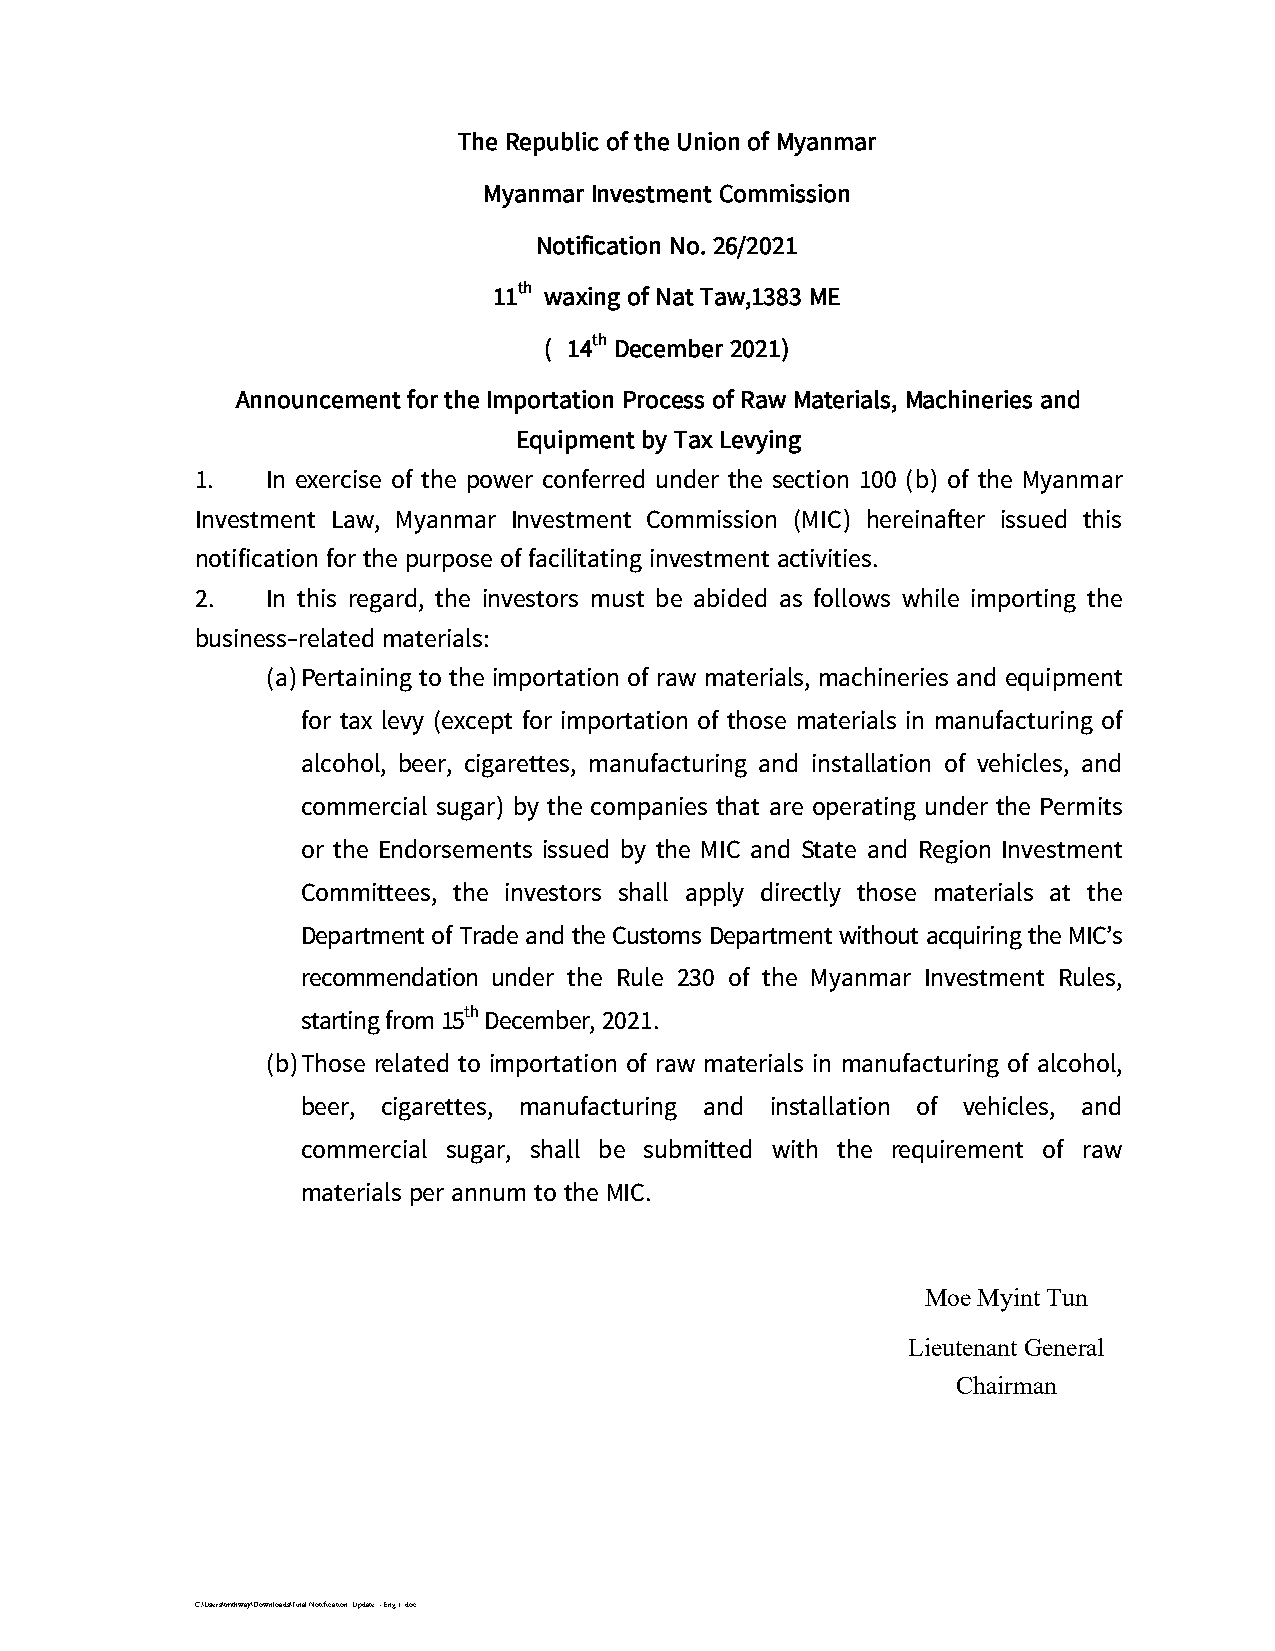
The Republic of the Union of Myanmar
 Myanmar Investment Commission
 Notification No. 26/2021
 th
 11 waxing of Nat Taw,1383 ME
 th
 ( 14 December 2021)
 Announcement for the Importation Process of Raw Materials, Machineries and
 Equipment by Tax Levying
 1.   In exercise of the power conferred under the section 100 (b) of the Myanmar
 Investment Law, Myanmar Investment Commission (MIC) hereinafter issued this
 notification for the purpose of facilitating investment activities.
 2.   In this regard, the investors must be abided as follows while importing the
 business-related materials:
 (a)Pertaining to the importation of raw materials, machineries and equipment
 for tax levy (except for importation of those materials in manufacturing of
 alcohol, beer, cigarettes, manufacturing and installation of vehicles, and
 commercial sugar) by the companies that are operating under the Permits
 or the Endorsements issued by the MIC and State and Region Investment
 Committees, the investors shall apply directly those materials at the
 Department of Trade and the Customs Department without acquiring the MIC’s
 recommendation under the Rule 230 of the Myanmar Investment Rules,
 th
 starting from 15 December, 2021.
 (b)Those related to importation of raw materials in manufacturing of alcohol,
 beer, cigarettes, manufacturing and installation of vehicles, and
 commercial sugar, shall be submitted with the requirement of raw
 materials per annum to the MIC.
 Moe Myint Tun
 Lieutenant General
 Chairman
 C:\Users\tmthway\Downloads\Final Notification Update - Eng 1 .doc